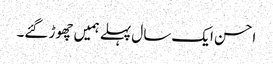
احسن ایک سال پہلے ہمیں چھوڑ گئے۔